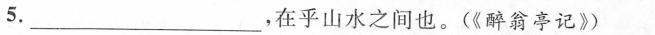
5.___，在乎山水之间也。(《醉翁亭记》